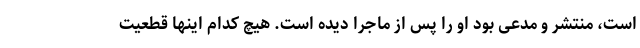
است، منتشر و مدعی بود او را پس از ماجرا دیده است. هیچ کدام اینها قطعیت